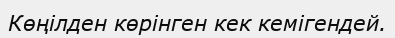
Көңілден көрінген кек кемігендей.